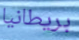
بريطانيا